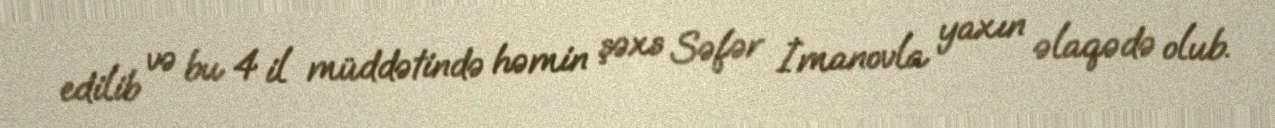
edilib və bu 4 il müddətində həmin şəxs Səfər İmanovla yaxın əlaqədə olub.